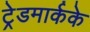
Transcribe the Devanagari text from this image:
ट्रेडमार्कके